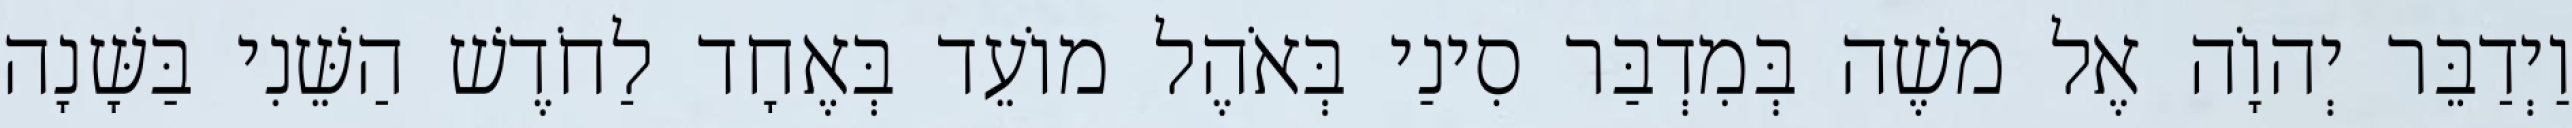
וַיְדַבֵּר יְהוָֹה אֶל משֶׁה בְּמִדְבַּר סִינַי בְּאֹהֶל מוֹעֵד בְּאֶחָד לַחֹדֶשׁ הַשֵּׁנִי בַּשָּׁנָה